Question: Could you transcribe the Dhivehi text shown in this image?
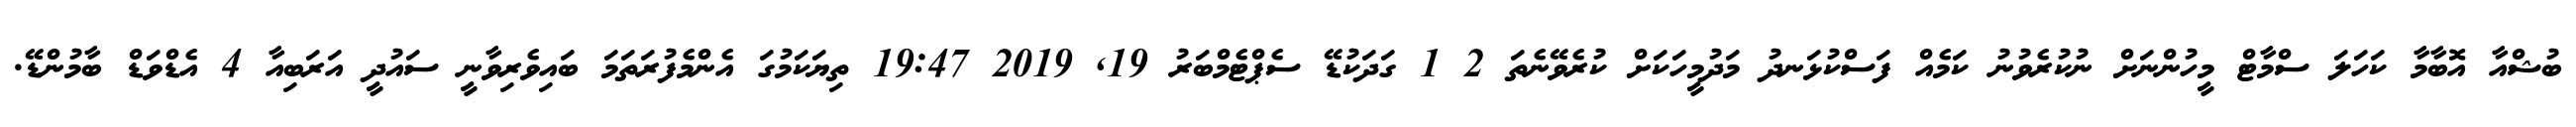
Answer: ބުޝްއާ އޮބާމާ ކަހަލަ ސްމާޓް މީހުންނަށް ނުކުރެވުނު ކަމެއް ފަސްކުޅަނދު މަދުމީހަކަށް ކުރެވޭނެތަ 2 1 ގަދަކުޑޭ ސެޕްޓެމްބަރު 19, 2019 19:47 ތިޔަކަމުގަ އެންމެފުރަތަމަ ބައިވެރިވާނީ ސައުދީ އަރަބިއާ 4 އެޑްވަޑް ބާމުންޑޭ.